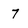
Character: 7